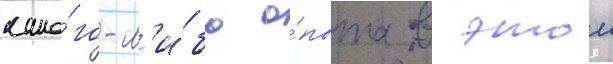
како́го-л'и́бо о́пыта в этои